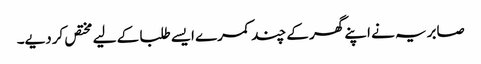
صابریہ نے اپنے گھر کے چند کمرے ایسے طلبا کے لیے مختص کردیے۔